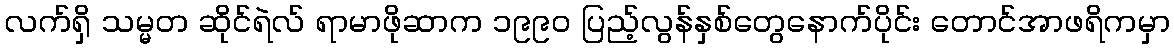
လက်ရှိ သမ္မတ ဆိုင်ရဲလ် ရာမာဖိုဆာက ၁၉၉၀ ပြည့်လွန်နှစ်တွေနောက်ပိုင်း တောင်အာဖရိကမှာ